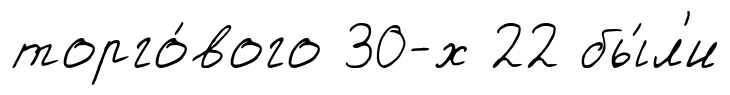
торго́вого 30-х 22 бы́л'и